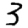
Digit: 3